Report on vaccination in Madras 1904-1921 - 1904-1921
Year: 1904
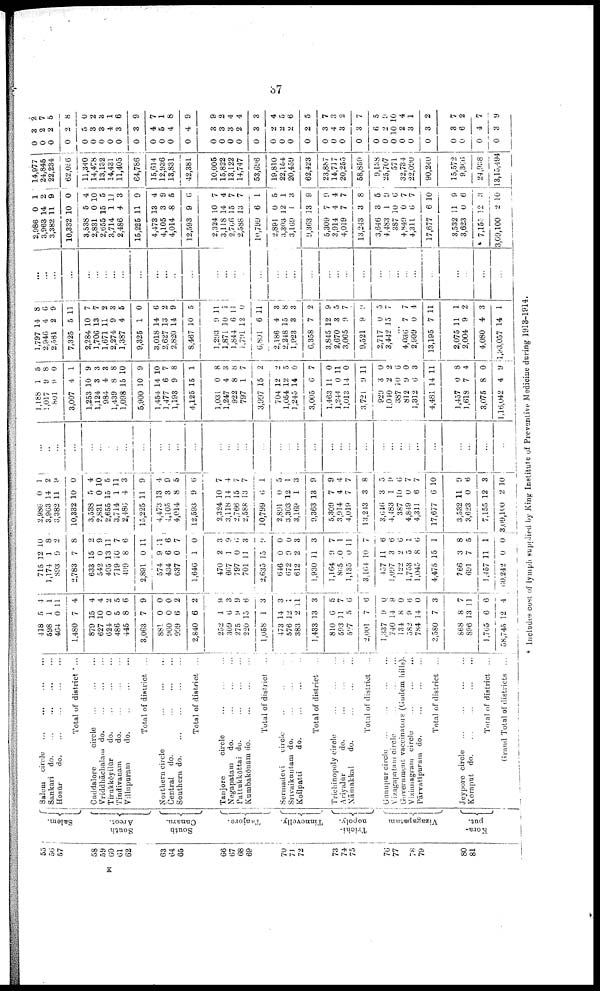
37
55
56
57
58
59
60
61
62
63
64
65
66
67
68
69
70
71
72
73
74
75
76
77
78
79
80
81
Salem.
South
Arcot.
South
Canara.
Tanjore.
Tinnevelly.
Trichi-
nopoly.
Vizagapatam
Kota-
put.
Salem
circle
...
...
...
...
Sankari
do.
...
...
...
...
Hosūr
do. ... ... ... ...
Total of district ...
Cuddalore
circle
...
...
...
Vriddhāchalam do.
...
...
...
Tirukkōyilūr
d
o
. ... ... ...
Tindivanam
do. ... ... ...
Villupuram
do.
...
...
...
Total of district ...
Northern circle
...
...
...
Central
do.
...
...
...
...
Southern d
o
. ... ... ... ...
Total of district ...
Tanjore
circle
...
...
...
Negapatam
do.
...
...
...
Pattukkōttai do.
...
...
...
Kumbakōnam do. ... ... ...
Total of district ...
Sermadevi
circle ... ... ...
Srivaikuntam do. ... ... ...
Koilpatti
do.
...
...
...
Total of district
...
Trichinopoly circle
...
...
...
Ariyalūr
do. ... ... ...
Nāmakkal
do.
...
...
...
Total of district
...
Gunupur circle ... ... ... ...
Vizagapatam circle ... ... ...
Government vaccinators (Gudem hills).
Vizianagram circle ... ... ...
Pārvatlpuram do.
...
...
...
Total of district ...
Jeypore circle ... ... ... ...
Koraput do. ... ... ... ...
Total of district ...
Grand Total of districts ...
418
598
464
1,480
879
627
624
486
445
3,063
881
960
999
2,840
252
309
275
220
1,058
473
576
383
1,433
810
593
597
2,001
1,337
740
134
582
784
3,580
868
896
1,765
58,745
5
1
0
7
15
10
0
5
8
7
0
0
6
6
1
6
9
15
1
14
12
2
13
6
11
5
7
9
14
8
9
14
7
8
13
6
12
4
1
11
4
4
4
2
5
6
9
0
0
2
2
9
3
9
6
3
3
1
11
3
5
7
6
6
0
9
0
6
0
3
7
11
6
4
715
1,174
893
2,783
633
542
495
719
499
2,891
574
434
637
1,646
470
667
797
701
2,635
646
672
612
1,930
1,164
865
1,135
3,164
457
1,097
122
1,753
1,045
4,475
766
691
1,457
60,242
12
1
9
7
15
0
13
10
8
0
9
6
0
1
2
1
0
11
15
0
9
2
11
9
0
0
10
11
3
2
5
8
15
3
7
11
0
10
8
2
8
2
9
11
7
6
11
11
6
7
0
3
9
6
3
9
0
0
3
3
7
1
11
7
6
6
6
1
6
1
8
5
1
0
2,986
3,963
3,382
10,332
3,538
2,831
2,655
3,714
2,486
15,225
4,473
4,105
4,014
12,593
2,324
3,118
2,766
2,588
10,799
2,891
3,303
3,169
9,363
5,309
3,914
4,019
13,243
3,646
4,483
387
4,849
4,311
17,677
3,532
3,623
7,155
3,09,100
0
14
11
10
5
0
15
1
4
11
13
3
8
9
10
14
15
13
6
0
12
1
13
7
4
7
3
3
1
10
0
6
6
11
0
12
2
1
2
9
0
4
10
5
11
3
9
4
9
5
6
7
4
7
7
1
5
1
3
9
9
4
7
8
5
9
6
7
7
10
9
6
3
10
...
..
...
...
...
...
...
...
...
...
...
...
...
...
...
...
...
...
...
...
...
...
...
...
...
...
...
...
...
...
...
...
...
...
...
...
..
1,188
1,017
801
3,007
1,253
1,124
984
1,439
1,098
5,900
1,454
1,477
1,193
4,125
1,031
1,247
922
797
3,997
704
1,054
1,245
3,005
1,463
1,244
1,013
3,721
929
1,040
387
812
1,312
4,481
1,457
1,618
3,075
1,16,042
1
9
9
4
10
3
4
8
15
10
14
6
9
15
0
4
8
1
15
12
12
14
6
11
0
14
9
3
2
10
9
6
14
0
7
8
4
5
8
0
1
9
3
3
8
10
9
10
7
8
1
8
3
8
7
2
2
5
0
7
0
11
0
11
0
2
6
0
3
11
8
4
0
9
1,797
2,946
2,581
7,325
2,284
1,706
1,671
2,274
1,387
9,325
3,018
2,627
2,820
8,467
1,293
1,871
1,844
1,791
6,801
2,186
2,248
1,923
6,358
3,845
2,670
3,005
9,521
2,717
3,442
14
4
2
5
10
13
11
9
4
1
14
13
14
10
9
10
6
12
6
4
15
3
7
12
3
9
9
0
15
8
6
9
11
7
7
2
3
5
0
6
2
9
5
11
1
11
0
11
3
8
3
2
9
5
7
9
5
7
...
4,036
2,999
13,195
2,075
2,004
4,080
1,93,057
7
0
7
11
9
4
14
7
4
11
1
2
3
1
...
...
...
...
...
...
...
...
...
...
...
...
...
...
...
...
...
...
...
...
...
...
...
...
...
...
...
...
...
...
...
...
...
...
...
...
...
2,986
3,963
3,382
10,332
3,538
2,831
2,655
3,714
2,486
15,225
4,473
4,105
4,014
12,593
2,324
3,118
2,766
2,588
10,799
2,891
3,303
3,169
9,363
5,309
3,914
4,019
13,243
3,646
4,483
387
4,849
4,311
17,677
3,532
3,623
7,153
3,09,100
0
14
11
10
5
0
15
1
4
11
13
3
8
9
10
14
15
13
6
0
12
1
13
7
4
7
3
3
1
10
0
6
6
11
0
12
2
1
2
9
0
4
10
5
11
3
9
4
9
5
6
7
4
7
7
1
5
1
3
9
9
4
7
8
5
9
6
7
7
10
9
6
3
10
14,977
24,845
22,234
62,056
11,340
14,478
13,132
14,431
11,405
64,786
15,614
12,936
13,831
42,381
10,005
15,822
13,122
14,747
53,696
19,810
22,154
20,459
62,423
23,887
14,717
20,255
58,859
9,138
25,707
571
32,734
22,090
90,240
15,572
9,366
24,938
13,15,494
0
0
0
0
0
0
0 0
0
0
0
0
0
0
0
0
0
0
0
0
0
0
0
0
0
0
0
0
0
0
0
0
0
0
0
0
0
3
2
2
2
5
3
3
4
3
3
4
5
4
4
3
3
3
2
3
2
2
2
2
3
4
3
3
6
2
10
2
3
3
3
6
4
3
2
7
5
8
0
2
3
1
6
9
7
1
8
9
9
2
4
4
3
4
5
6
5
7
3
2
7
5
9
10
4
1
2
7
2
7
9
* Includes cost of lymph suppliped by King Institute of Preventive Medicine during 1913-1914.
K